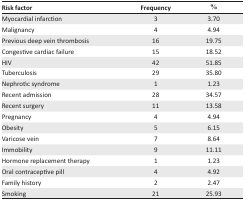
<table><thead><tr><td><b>Risk factor</b></td><td><b>Frequency</b></td><td><b>%</b></td></tr></thead><tbody><tr><td>Myocardial infarction</td><td>3</td><td>3.70</td></tr><tr><td>Malignancy</td><td>4</td><td>4.94</td></tr><tr><td>Previous deep vein thrombosis</td><td>16</td><td>19.75</td></tr><tr><td>Congestive cardiac failure</td><td>15</td><td>18.52</td></tr><tr><td>HIV</td><td>42</td><td>51.85</td></tr><tr><td>Tuberculosis</td><td>29</td><td>35.80</td></tr><tr><td>Nephrotic syndrome</td><td>1</td><td>1.23</td></tr><tr><td>Recent admission</td><td>28</td><td>34.57</td></tr><tr><td>Recent surgery</td><td>11</td><td>13.58</td></tr><tr><td>Pregnancy</td><td>4</td><td>4.94</td></tr><tr><td>Obesity</td><td>5</td><td>6.15</td></tr><tr><td>Varicose vein</td><td>7</td><td>8.64</td></tr><tr><td>Immobility</td><td>9</td><td>11.11</td></tr><tr><td>Hormone replacement therapy</td><td>1</td><td>1.23</td></tr><tr><td>Oral contraceptive pill</td><td>4</td><td>4.92</td></tr><tr><td>Family history</td><td>2</td><td>2.47</td></tr><tr><td>Smoking</td><td>21</td><td>25.93</td></tr></tbody></table>